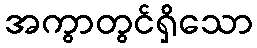
အကွာတွင်ရှိသော